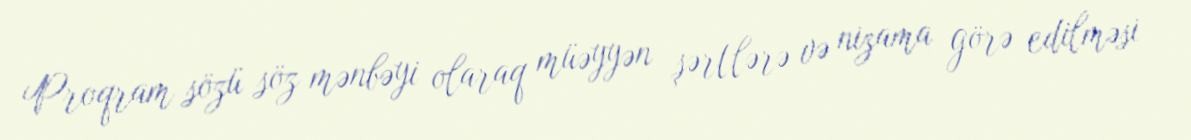
Proqram sözü söz mənbəyi olaraq müəyyən şərtlərə və nizama görə edilməsi